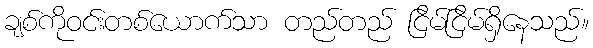
ချစ်ကိုဝင်းတစ်ယောက်သာ တည်တည် ငြိမ်ငြိမ်ရှိနေသည်။